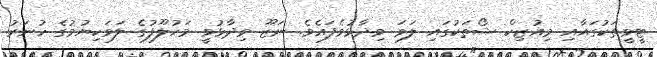
ޓީވީތަކުގައާއި މިއުޒިކް ޝޯތަކުގައި ލަވަ ވިދާޅުވެފައެވެ. ނަޒޫ ވިދާޅުވީ މަހުލޫފުގެ ލަވަކިޔުމުގެ ހުނަރު